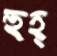
হুহ্